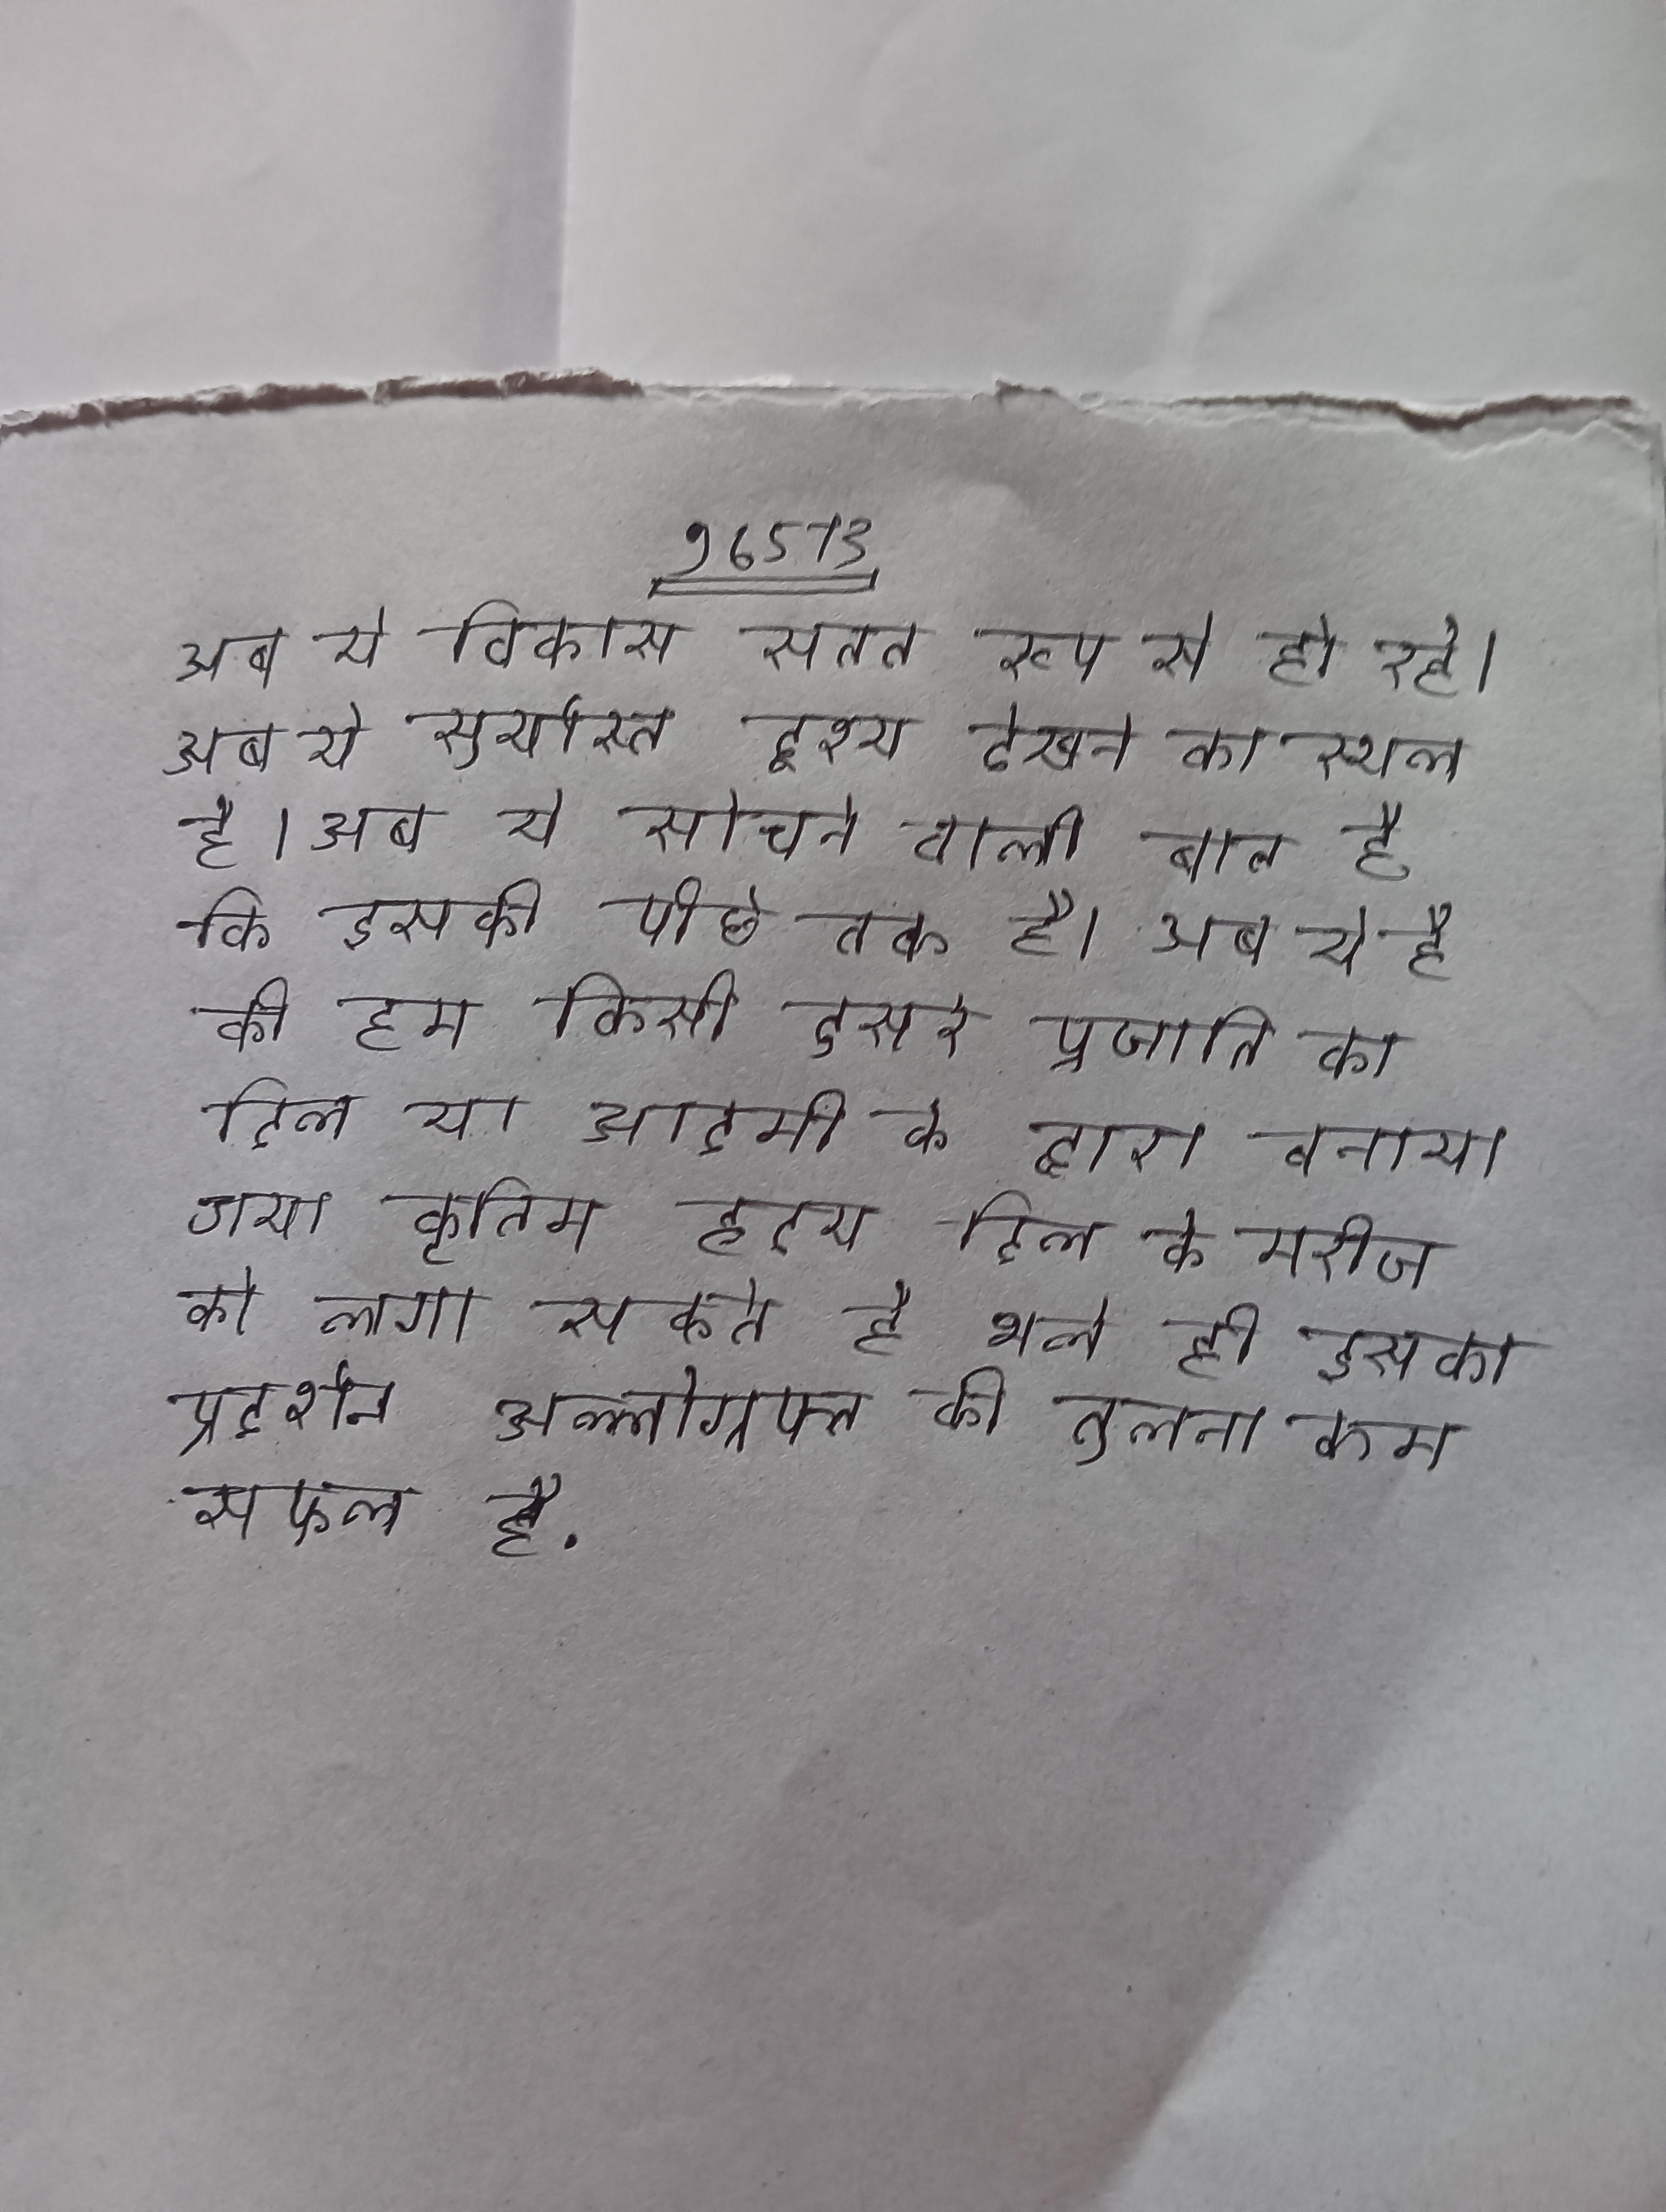
अब ये विकास सतत रूप से हो रहे । अब ये सूर्यास्त दृश्य देखने का स्थल है । अब ये सोचने वाली बात है कि इसकी पीछे तक है । अब ये है की हम किसी दुसरे प्रजाति का दिल या आदमी के द्वारा बनाया गया कृतिम ह्रदय दिल के मरीज को लगा सकते है भले ही इसका प्रदर्शन अल्लोग्रफ्त की तुलना कम सफल है .